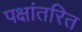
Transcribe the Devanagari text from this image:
पक्षांतरित